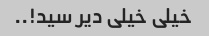
خیلی خیلی دیر سید!..